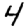
Digit: 4